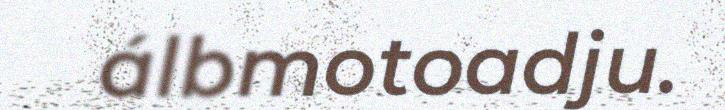
álbmotoadju.